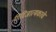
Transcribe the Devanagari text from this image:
गिरिजात्मकाचे